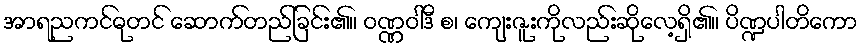
အာရညကင်ဓုတင် ဆောက်တည်ခြင်း၏။ ဝဏ္ဏဝါဒီ စ၊ ကျေးဇူးကိုလည်းဆိုလေ့ရှိ၏။ ပိဏ္ဍပါတိကော